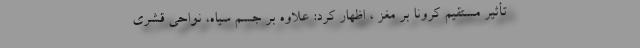
تأثیر مستقیم کرونا بر مغز ، اظهار کرد: علاوه بر جسم سیاه، نواحی قشری